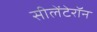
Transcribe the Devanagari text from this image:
सीलेंटेरॉन